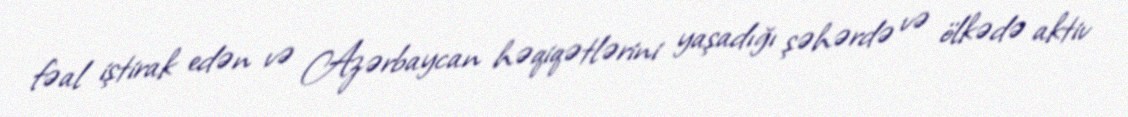
fəal iştirak edən və Azərbaycan həqiqətlərini yaşadığı şəhərdə və ölkədə aktiv